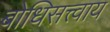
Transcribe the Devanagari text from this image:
बोधिसत्त्वाय